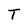
Character: T